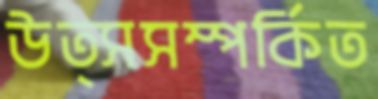
উত্সসম্পর্কিত